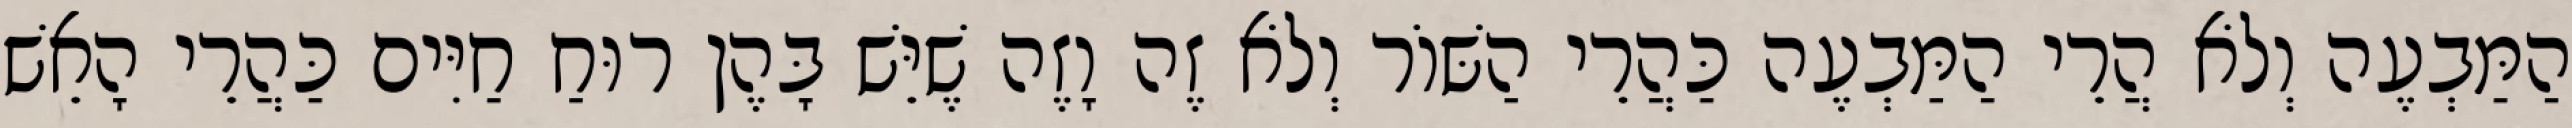
הַמַּבְעֶה וְלֹא הֲרֵי הַמַּבְעֶה כַּהֲרֵי הַשּׁוֹר וְלֹא זֶה וָזֶה שֶׁיֵּשׁ בָּהֶן רוּחַ חַיִּים כַּהֲרֵי הָאֵשׁ